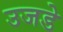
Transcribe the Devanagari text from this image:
उजडे